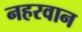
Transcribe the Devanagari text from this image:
नहरवान